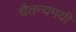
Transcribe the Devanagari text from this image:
चैतन्यमयी